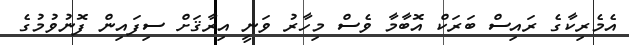
އެމެރިކާގެ ރައިސް ބަރަކް އޮބާމާ ވެސް މިހާރު ވަނީ އިރާޤަށް ސިފައިން ފޮނުވުމުގެ